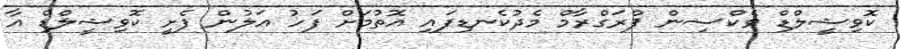
ކޮވިޝީލްޑް ވެކްސިން ޕްރަގްރާމް މެދުކެނޑިފައި އޮތުމަށް ފަހު އަލުން ފެށީ ކޮވިޝީލްޑް އާ